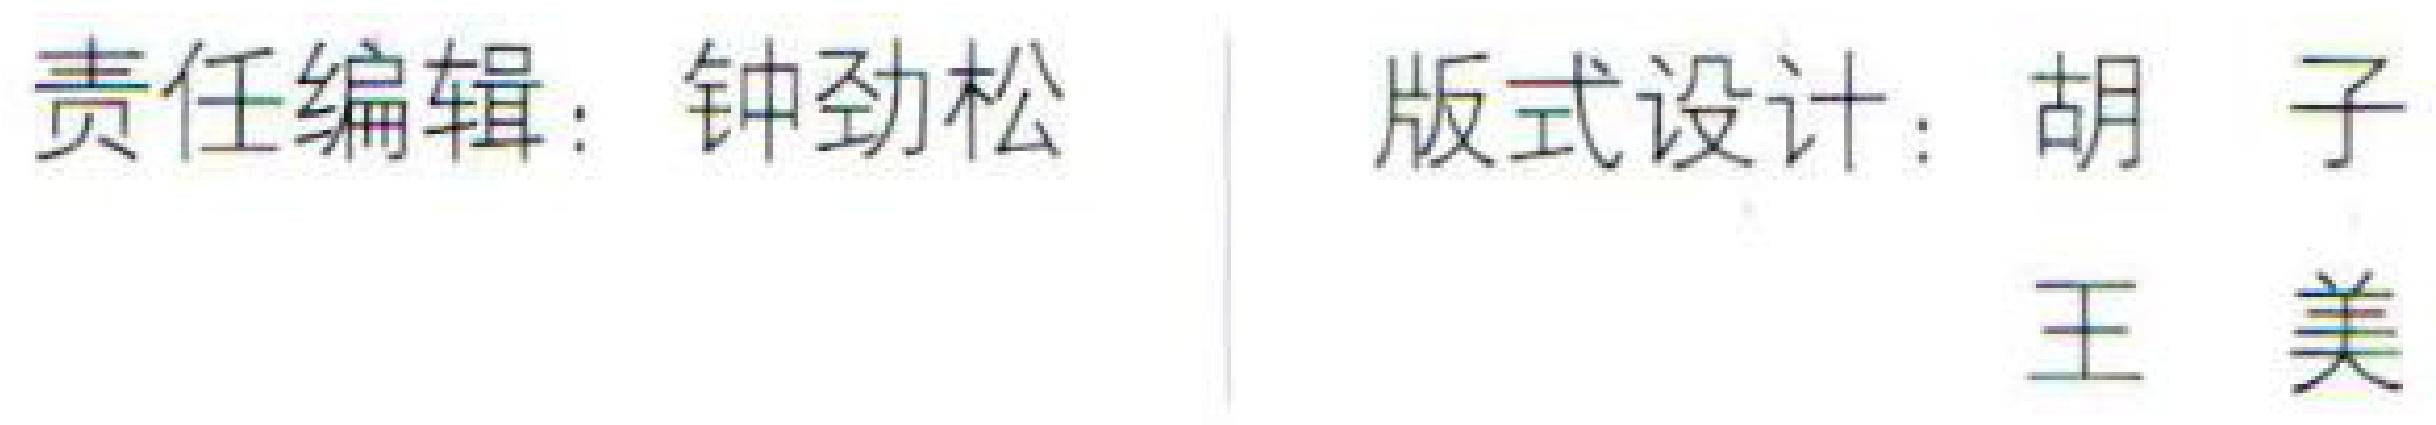
责任编辑：钟劲松

版式设计：胡子

王美